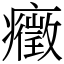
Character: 癥